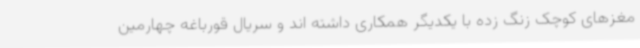
مغزهای کوچک زنگ زده با یکدیگر همکاری داشته اند و سریال قورباغه چهارمین